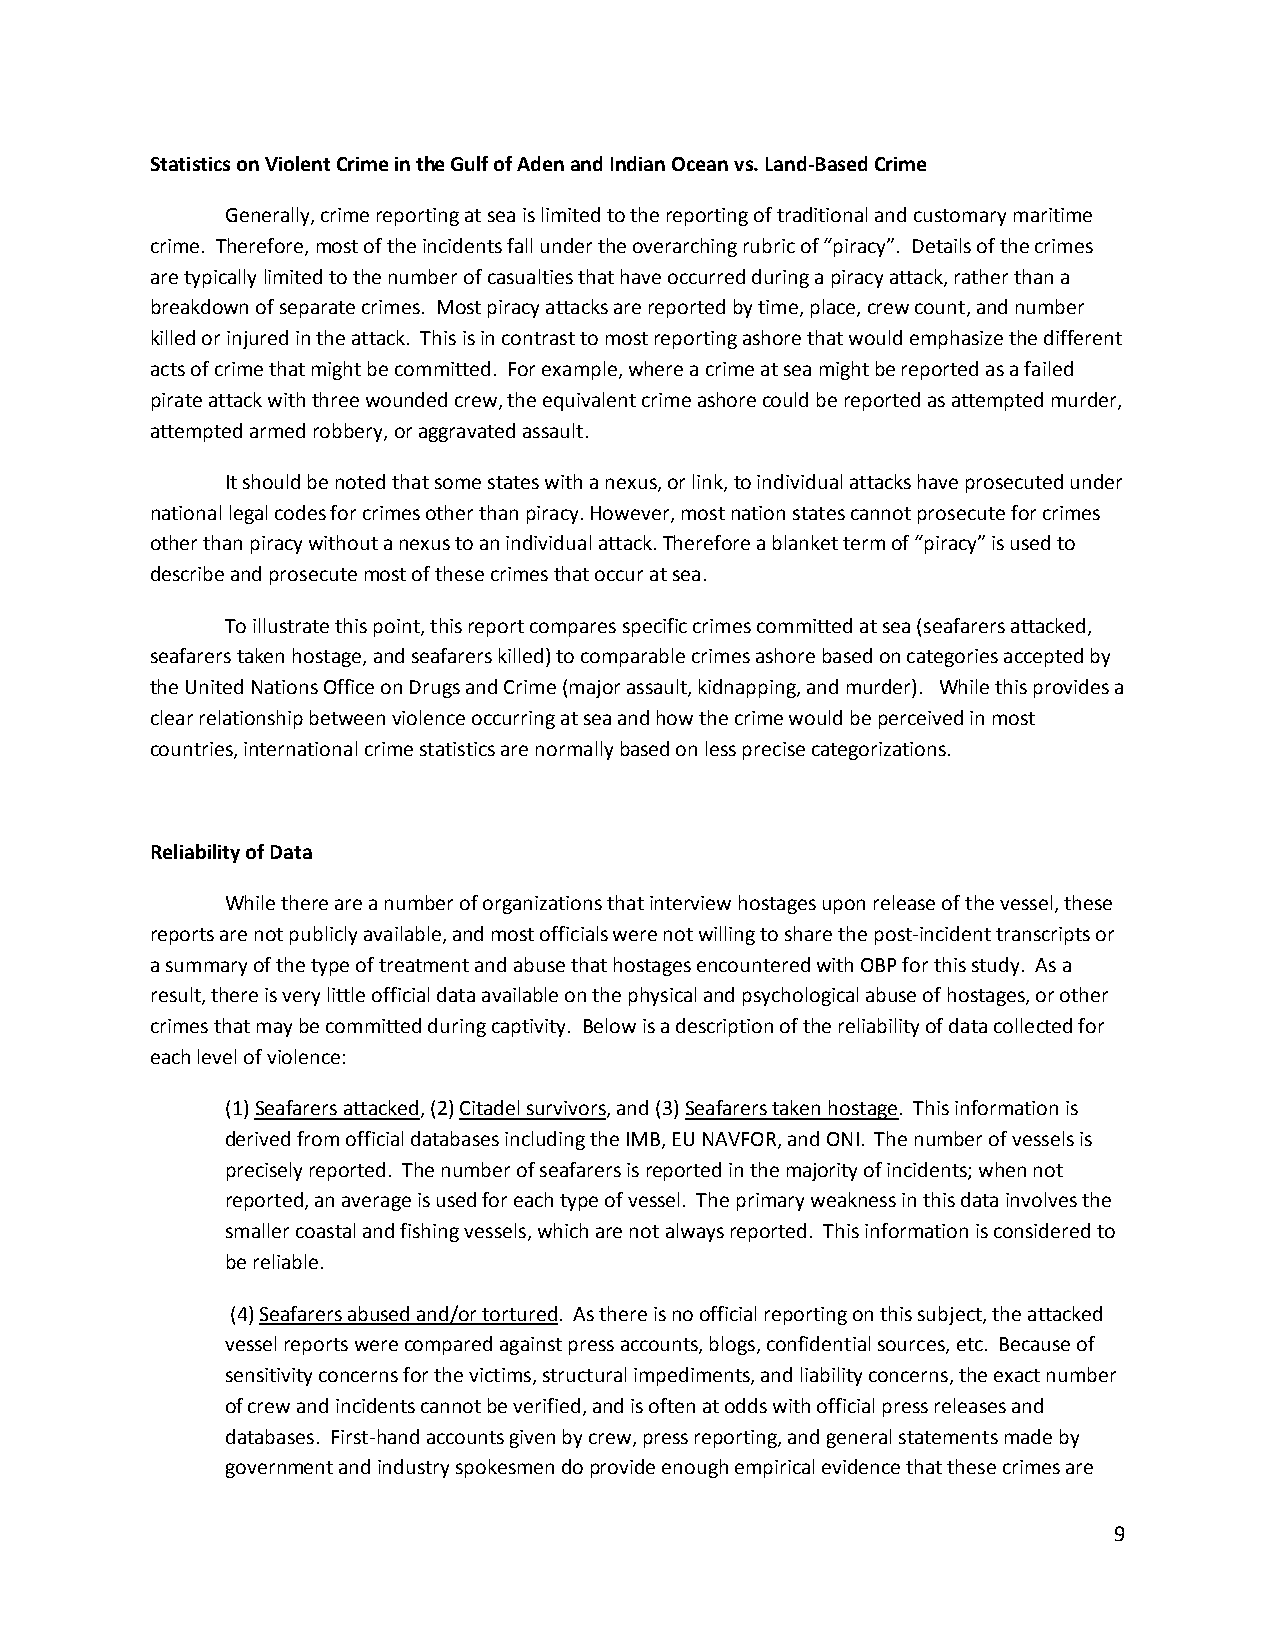
Statistics on Violent Crime in the Gulf of Aden and Indian Ocean vs. Land-Based Crime
 Generally, crime reporting at sea is limited to the reporting of traditional and customary maritime
 crime. Therefore, most of the incidents fall under the overarching rubric of “piracy”. Details of the crimes
 are typically limited to the number of casualties that have occurred during a piracy attack, rather than a
 breakdown of separate crimes. Most piracy attacks are reported by time, place, crew count, and number
 killed or injured in the attack. This is in contrast to most reporting ashore that would emphasize the different
 acts of crime that might be committed. For example, where a crime at sea might be reported as a failed
 pirate attack with three wounded crew, the equivalent crime ashore could be reported as attempted murder,
 attempted armed robbery, or aggravated assault.
 It should be noted that some states with a nexus, or link, to individual attacks have prosecuted under
 national legal codes for crimes other than piracy. However, most nation states cannot prosecute for crimes
 other than piracy without a nexus to an individual attack. Therefore a blanket term of “piracy” is used to
 describe and prosecute most of these crimes that occur at sea.
 To illustrate this point, this report compares specific crimes committed at sea (seafarers attacked,
 seafarers taken hostage, and seafarers killed) to comparable crimes ashore based on categories accepted by
 the United Nations Office on Drugs and Crime (major assault, kidnapping, and murder). While this provides a
 clear relationship between violence occurring at sea and how the crime would be perceived in most
 countries, international crime statistics are normally based on less precise categorizations.
 Reliability of Data
 While there are a number of organizations that interview hostages upon release of the vessel, these
 reports are not publicly available, and most officials were not willing to share the post-incident transcripts or
 a summary of the type of treatment and abuse that hostages encountered with OBP for this study. As a
 result, there is very little official data available on the physical and psychological abuse of hostages, or other
 crimes that may be committed during captivity. Below is a description of the reliability of data collected for
 each level of violence:
 (1) Seafarers attacked, (2) Citadel survivors, and (3) Seafarers taken hostage. This information is
 derived from official databases including the IMB, EU NAVFOR, and ONI. The number of vessels is
 precisely reported. The number of seafarers is reported in the majority of incidents; when not
 reported, an average is used for each type of vessel. The primary weakness in this data involves the
 smaller coastal and fishing vessels, which are not always reported. This information is considered to
 be reliable.
 (4) Seafarers abused and/or tortured. As there is no official reporting on this subject, the attacked
 vessel reports were compared against press accounts, blogs, confidential sources, etc. Because of
 sensitivity concerns for the victims, structural impediments, and liability concerns, the exact number
 of crew and incidents cannot be verified, and is often at odds with official press releases and
 databases. First-hand accounts given by crew, press reporting, and general statements made by
 government and industry spokesmen do provide enough empirical evidence that these crimes are
 9